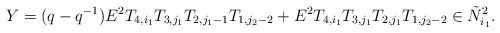
\begin{align*}Y= (q-q^{-1})E^2T_{4,i_1}T_{3,j_1}T_{2,j_1-1}T_{1,j_2-2}+ E^2T_{4,i_1}T_{3,j_1}T_{2,j_1}T_{1,j_2-2}\in \tilde N^2_{i_1}.\end{align*}